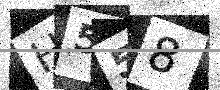
Text: H558